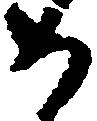
如